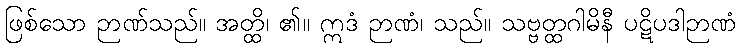
ဖြစ်သော ဉာဏ်သည်။ အတ္ထိ၊ ၏။ ဣဒံ ဉာဏံ၊ သည်။ သဗ္ဗတ္ထဂါမိနီ ပဋိပဒါဉာဏံ